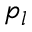
p _ { l }